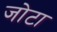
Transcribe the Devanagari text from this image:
जोटा